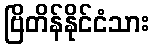
ဗြိတိန်နိုင်ငံသား